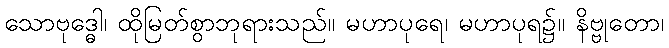
သောဗုဒ္ဓေါ၊ ထိုမြတ်စွာဘုရားသည်။ မဟာပုရေ၊ မဟာပုရ၌။ နိဗ္ဗုတော၊